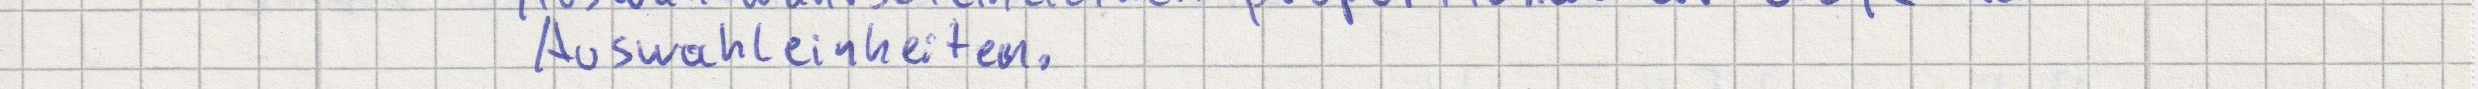
Auswahleinheiten.